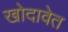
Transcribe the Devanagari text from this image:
खोदावेत